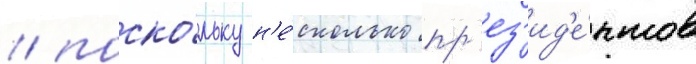
/ поско́льку н'е́сколько пр'ез'ид'е́нтов